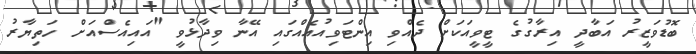
ބޮޑުވަޒީރު އަބާދީ އިރާގުގެ ޓީވީއަކަށް ދެއްވިި އިންޓަވިއުއެއްގައި އޭނާ ވިދާޅުވީ "އައިއެސްއަށް ހަތިޔާރު